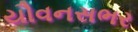
યૌવનસભર